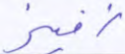
زفير